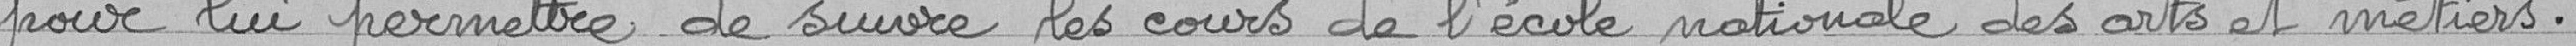
pour lui permettre de suivre les cours de l'école nationale des arts et métiers.